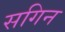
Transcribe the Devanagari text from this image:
सगिन